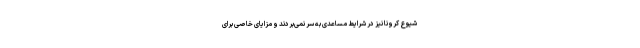
شیوع کرونا نیز در شرایط مساعدی به سر نمی‌بردند و مزایای خاصی برای